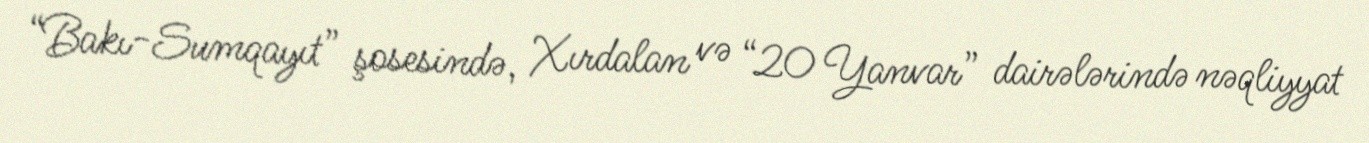
“Bakı-Sumqayıt” şosesində, Xırdalan və “20 Yanvar” dairələrində nəqliyyat